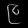
Digit: ၉